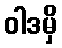
ဝါဒမှိ